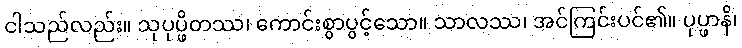
ငါသည်လည်း။ သုပုပ္ဖိတဿ၊ ကောင်းစွာပွင့်သော။ သာလဿ၊ အင်ကြင်းပင်၏။ ပုပ္ဖာနိ၊